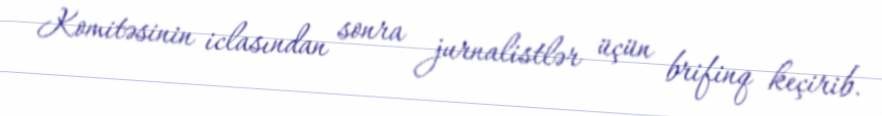
Komitəsinin iclasından sonra jurnalistlər üçün brifinq keçirib.